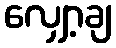
လျှော့ချ